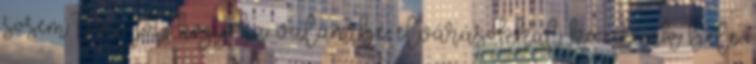
sosem tesz jót, hogy ha valamibe elvárásokkal kezdünk bele.